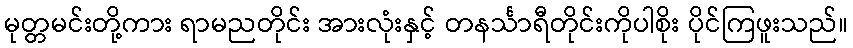
မုတ္တမင်းတို့ကား ရာမညတိုင်း အားလုံးနှင့် တနင်္သာရီတိုင်းကိုပါစိုး ပိုင်ကြဖူးသည်။